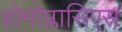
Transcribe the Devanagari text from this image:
होमोप्लासिएस